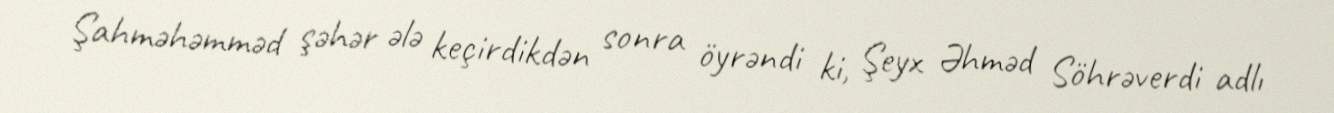
Şahməhəmməd şəhər ələ keçirdikdən sonra öyrəndi ki, Şeyx Əhməd Söhrəverdi adlı